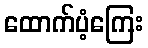
ထောက်ပံ့ကြေး